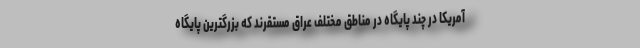
آمریکا در چند پایگاه در مناطق مختلف عراق مستقرند که بزرگترین پایگاه